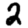
Digit: 2